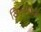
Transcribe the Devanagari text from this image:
खिडकयांच्या